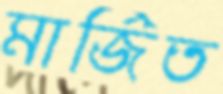
মার্জিত